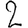
Digit: 2